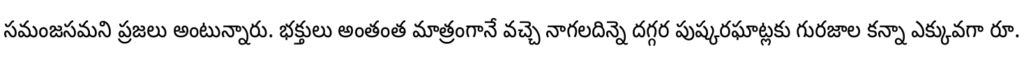
సమంజసమని ప్రజలు అంటున్నారు. భక్తులు అంతంత మాత్రంగానే వచ్చె నాగలదిన్నె దగ్గర పుష్కరఘాట్లకు గురజాల కన్నా ఎక్కువగా రూ.